Scottish Leaving Certificate Examination, 1959
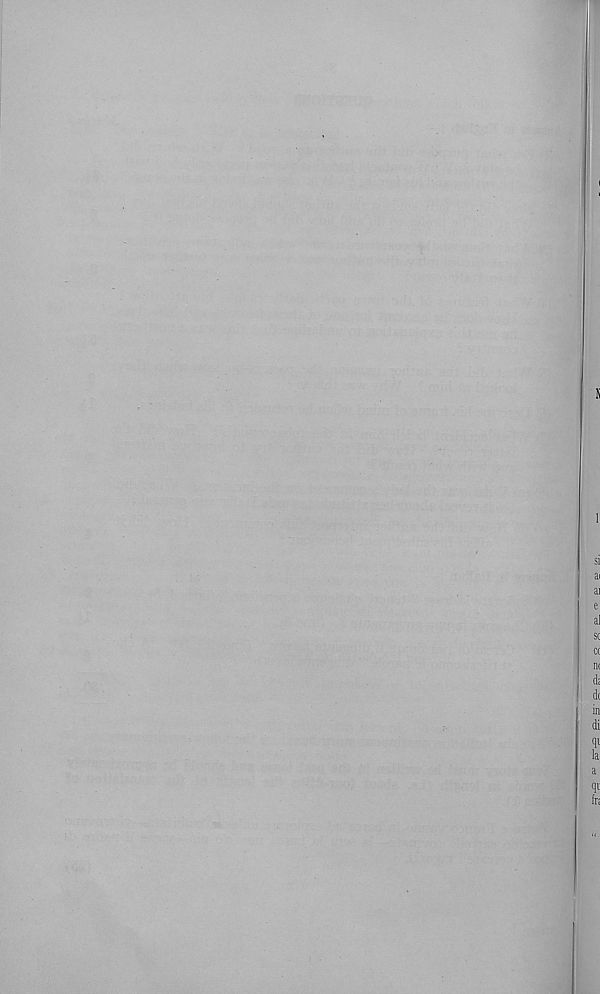
I
1
si
ai
ai
e
al
sc
cc
n(
d;
dc
in
di
qi
la
qi
frj